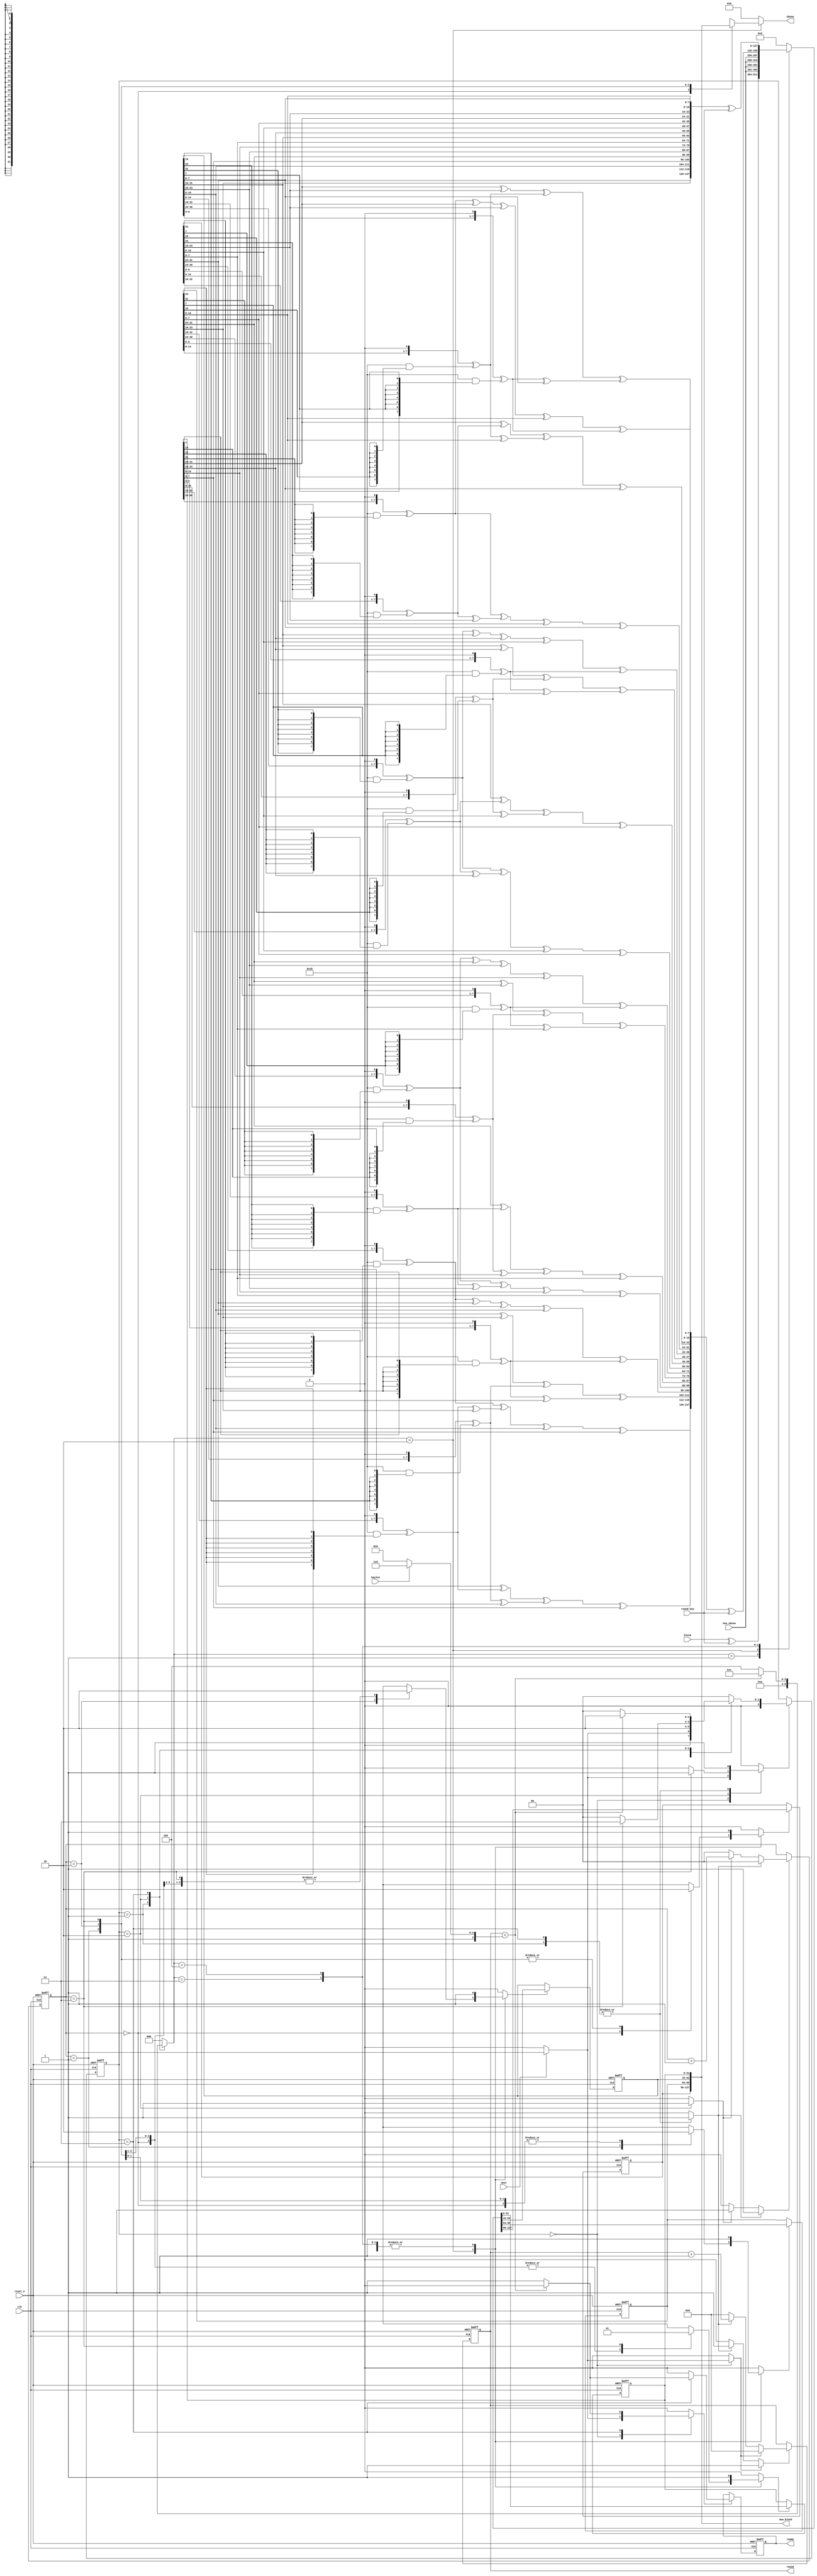
module aes_encipher_block(
                          input wire            clk,
                          input wire            reset_n,

                          input wire            next,

                          input wire            keylen,
                          output wire [3 : 0]   round,
                          input wire [127 : 0]  round_key,

                          output wire [31 : 0]  sboxw,
                          input wire  [31 : 0]  new_sboxw,

                          input wire [127 : 0]  block,
                          output wire [127 : 0] new_block,
                          output wire           ready
                         );


  localparam AES_128_BIT_KEY = 1'h0;
  localparam AES_256_BIT_KEY = 1'h1;

  localparam AES128_ROUNDS = 4'ha;
  localparam AES256_ROUNDS = 4'he;

  localparam NO_UPDATE    = 3'h0;
  localparam INIT_UPDATE  = 3'h1;
  localparam SBOX_UPDATE  = 3'h2;
  localparam MAIN_UPDATE  = 3'h3;
  localparam FINAL_UPDATE = 3'h4;

  localparam CTRL_IDLE  = 3'h0;
  localparam CTRL_INIT  = 3'h1;
  localparam CTRL_SBOX  = 3'h2;
  localparam CTRL_MAIN  = 3'h3;
  localparam CTRL_FINAL = 3'h4;


  function [7 : 0] gm2(input [7 : 0] op);
    begin
      gm2 = {op[6 : 0], 1'b0} ^ (8'h1b & {8{op[7]}});
    end
  endfunction 

  function [7 : 0] gm3(input [7 : 0] op);
    begin
      gm3 = gm2(op) ^ op;
    end
  endfunction 

  function [31 : 0] mixw(input [31 : 0] w);
    reg [7 : 0] b0, b1, b2, b3;
    reg [7 : 0] mb0, mb1, mb2, mb3;
    begin
      b0 = w[31 : 24];
      b1 = w[23 : 16];
      b2 = w[15 : 08];
      b3 = w[07 : 00];

      mb0 = gm2(b0) ^ gm3(b1) ^ b2      ^ b3;
      mb1 = b0      ^ gm2(b1) ^ gm3(b2) ^ b3;
      mb2 = b0      ^ b1      ^ gm2(b2) ^ gm3(b3);
      mb3 = gm3(b0) ^ b1      ^ b2      ^ gm2(b3);

      mixw = {mb0, mb1, mb2, mb3};
    end
  endfunction 
  function [127 : 0] mixcolumns(input [127 : 0] data);
    reg [31 : 0] w0, w1, w2, w3;
    reg [31 : 0] ws0, ws1, ws2, ws3;
    begin
      w0 = data[127 : 096];
      w1 = data[095 : 064];
      w2 = data[063 : 032];
      w3 = data[031 : 000];

      ws0 = mixw(w0);
      ws1 = mixw(w1);
      ws2 = mixw(w2);
      ws3 = mixw(w3);

      mixcolumns = {ws0, ws1, ws2, ws3};
    end
  endfunction 

  function [127 : 0] shiftrows(input [127 : 0] data);
    reg [31 : 0] w0, w1, w2, w3;
    reg [31 : 0] ws0, ws1, ws2, ws3;
    begin
      w0 = data[127 : 096];
      w1 = data[095 : 064];
      w2 = data[063 : 032];
      w3 = data[031 : 000];

      ws0 = {w0[31 : 24], w1[23 : 16], w2[15 : 08], w3[07 : 00]};
      ws1 = {w1[31 : 24], w2[23 : 16], w3[15 : 08], w0[07 : 00]};
      ws2 = {w2[31 : 24], w3[23 : 16], w0[15 : 08], w1[07 : 00]};
      ws3 = {w3[31 : 24], w0[23 : 16], w1[15 : 08], w2[07 : 00]};

      shiftrows = {ws0, ws1, ws2, ws3};
    end
  endfunction 

  function [127 : 0] addroundkey(input [127 : 0] data, input [127 : 0] rkey);
    begin
      addroundkey = data ^ rkey;
    end
  endfunction 


  reg [1 : 0]   sword_ctr_reg;
  reg [1 : 0]   sword_ctr_new;
  reg           sword_ctr_we;
  reg           sword_ctr_inc;
  reg           sword_ctr_rst;

  reg [3 : 0]   round_ctr_reg;
  reg [3 : 0]   round_ctr_new;
  reg           round_ctr_we;
  reg           round_ctr_rst;
  reg           round_ctr_inc;

  reg [127 : 0] block_new;
  reg [31 : 0]  block_w0_reg;
  reg [31 : 0]  block_w1_reg;
  reg [31 : 0]  block_w2_reg;
  reg [31 : 0]  block_w3_reg;
  reg           block_w0_we;
  reg           block_w1_we;
  reg           block_w2_we;
  reg           block_w3_we;

  reg           ready_reg;
  reg           ready_new;
  reg           ready_we;

  reg [2 : 0]   enc_ctrl_reg;
  reg [2 : 0]   enc_ctrl_new;
  reg           enc_ctrl_we;


  reg [2 : 0]  update_type;
  reg [31 : 0] muxed_sboxw;


  assign round     = round_ctr_reg;
  assign sboxw     = muxed_sboxw;
  assign new_block = {block_w0_reg, block_w1_reg, block_w2_reg, block_w3_reg};
  assign ready     = ready_reg;


  always @ (posedge clk or negedge reset_n)
    begin: reg_update
      if (!reset_n)
        begin
          block_w0_reg  <= 32'h0;
          block_w1_reg  <= 32'h0;
          block_w2_reg  <= 32'h0;
          block_w3_reg  <= 32'h0;
          sword_ctr_reg <= 2'h0;
          round_ctr_reg <= 4'h0;
          ready_reg     <= 1'b1;
          enc_ctrl_reg  <= CTRL_IDLE;
        end
      else
        begin
          if (block_w0_we)
            block_w0_reg <= block_new[127 : 096];

          if (block_w1_we)
            block_w1_reg <= block_new[095 : 064];

          if (block_w2_we)
            block_w2_reg <= block_new[063 : 032];

          if (block_w3_we)
            block_w3_reg <= block_new[031 : 000];

          if (sword_ctr_we)
            sword_ctr_reg <= sword_ctr_new;

          if (round_ctr_we)
            round_ctr_reg <= round_ctr_new;

          if (ready_we)
            ready_reg <= ready_new;

          if (enc_ctrl_we)
            enc_ctrl_reg <= enc_ctrl_new;
        end
    end 


  always @*
    begin : round_logic
      reg [127 : 0] old_block, shiftrows_block, mixcolumns_block;
      reg [127 : 0] addkey_init_block, addkey_main_block, addkey_final_block;

      block_new   = 128'h0;
      muxed_sboxw = 32'h0;
      block_w0_we = 1'b0;
      block_w1_we = 1'b0;
      block_w2_we = 1'b0;
      block_w3_we = 1'b0;

      old_block          = {block_w0_reg, block_w1_reg, block_w2_reg, block_w3_reg};
      shiftrows_block    = shiftrows(old_block);
      mixcolumns_block   = mixcolumns(shiftrows_block);
      addkey_init_block  = addroundkey(block, round_key);
      addkey_main_block  = addroundkey(mixcolumns_block, round_key);
      addkey_final_block = addroundkey(shiftrows_block, round_key);

      case (update_type)
        INIT_UPDATE:
          begin
            block_new    = addkey_init_block;
            block_w0_we  = 1'b1;
            block_w1_we  = 1'b1;
            block_w2_we  = 1'b1;
            block_w3_we  = 1'b1;
          end

        SBOX_UPDATE:
          begin
            block_new = {new_sboxw, new_sboxw, new_sboxw, new_sboxw};

            case (sword_ctr_reg)
              2'h0:
                begin
                  muxed_sboxw = block_w0_reg;
                  block_w0_we = 1'b1;
                end

              2'h1:
                begin
                  muxed_sboxw = block_w1_reg;
                  block_w1_we = 1'b1;
                end

              2'h2:
                begin
                  muxed_sboxw = block_w2_reg;
                  block_w2_we = 1'b1;
                end

              2'h3:
                begin
                  muxed_sboxw = block_w3_reg;
                  block_w3_we = 1'b1;
                end
            endcase 
          end

        MAIN_UPDATE:
          begin
            block_new    = addkey_main_block;
            block_w0_we  = 1'b1;
            block_w1_we  = 1'b1;
            block_w2_we  = 1'b1;
            block_w3_we  = 1'b1;
          end

        FINAL_UPDATE:
          begin
            block_new    = addkey_final_block;
            block_w0_we  = 1'b1;
            block_w1_we  = 1'b1;
            block_w2_we  = 1'b1;
            block_w3_we  = 1'b1;
          end

        default:
          begin
          end
      endcase 
    end 


  always @*
    begin : sword_ctr
      sword_ctr_new = 2'h0;
      sword_ctr_we  = 1'b0;

      if (sword_ctr_rst)
        begin
          sword_ctr_new = 2'h0;
          sword_ctr_we  = 1'b1;
        end
      else if (sword_ctr_inc)
        begin
          sword_ctr_new = sword_ctr_reg + 1'b1;
          sword_ctr_we  = 1'b1;
        end
    end 


  always @*
    begin : round_ctr
      round_ctr_new = 4'h0;
      round_ctr_we  = 1'b0;

      if (round_ctr_rst)
        begin
          round_ctr_new = 4'h0;
          round_ctr_we  = 1'b1;
        end
      else if (round_ctr_inc)
        begin
          round_ctr_new = round_ctr_reg + 1'b1;
          round_ctr_we  = 1'b1;
        end
    end 


  always @*
    begin: encipher_ctrl
      reg [3 : 0] num_rounds;

      sword_ctr_inc = 1'b0;
      sword_ctr_rst = 1'b0;
      round_ctr_inc = 1'b0;
      round_ctr_rst = 1'b0;
      ready_new     = 1'b0;
      ready_we      = 1'b0;
      update_type   = NO_UPDATE;
      enc_ctrl_new  = CTRL_IDLE;
      enc_ctrl_we   = 1'b0;

      if (keylen == AES_256_BIT_KEY)
        begin
          num_rounds = AES256_ROUNDS;
        end
      else
        begin
          num_rounds = AES128_ROUNDS;
        end

      case(enc_ctrl_reg)
        CTRL_IDLE:
          begin
            if (next)
              begin
                round_ctr_rst = 1'b1;
                ready_new     = 1'b0;
                ready_we      = 1'b1;
                enc_ctrl_new  = CTRL_INIT;
                enc_ctrl_we   = 1'b1;
              end
          end

        CTRL_INIT:
          begin
            round_ctr_inc = 1'b1;
            sword_ctr_rst = 1'b1;
            update_type   = INIT_UPDATE;
            enc_ctrl_new  = CTRL_SBOX;
            enc_ctrl_we   = 1'b1;
          end

        CTRL_SBOX:
          begin
            sword_ctr_inc = 1'b1;
            update_type   = SBOX_UPDATE;
            if (sword_ctr_reg == 2'h3)
              begin
                enc_ctrl_new  = CTRL_MAIN;
                enc_ctrl_we   = 1'b1;
              end
          end

        CTRL_MAIN:
          begin
            sword_ctr_rst = 1'b1;
            round_ctr_inc = 1'b1;
            if (round_ctr_reg < num_rounds)
              begin
                update_type   = MAIN_UPDATE;
                enc_ctrl_new  = CTRL_SBOX;
                enc_ctrl_we   = 1'b1;
              end
            else
              begin
                update_type  = FINAL_UPDATE;
                ready_new    = 1'b1;
                ready_we     = 1'b1;
                enc_ctrl_new = CTRL_IDLE;
                enc_ctrl_we  = 1'b1;
              end
          end

        default:
          begin
            
          end
      endcase 
    end 

endmodule